King Institute of Preventive Medicine Bacteriolog. Section reports 1907-08
Year: 1907
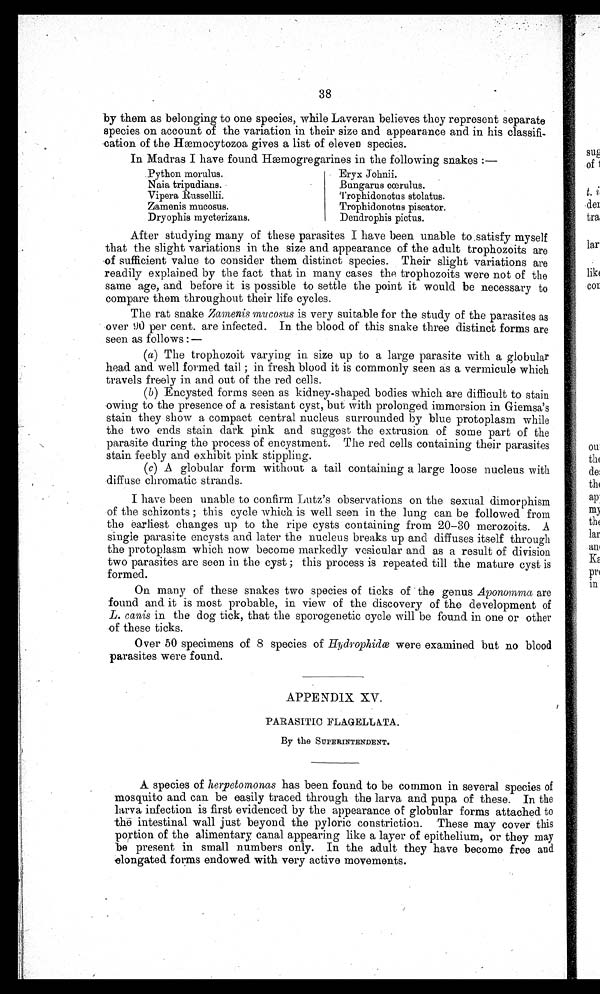
38
by them as belonging to one species, while Laveran believes they represent separate
species on account of the variation in their size and appearance and in his classifi-
.cation of the Hæmocytozoa gives a list of eleven species.
In Madras I have found Hæmogregarines in the following snakes : —
Python morulus.
Eryx Johnii.
Naia tripudians.
Bungarus cœrulus.
Vipera
Trophidonotus stolatus.
Zameni.s mucosus.
Trophidonotus piscator.
Dryophis mycterizans.
Dendrophis pictus.
After studying many of these parasites I have been unable to .satisfy myself
that the slight variations in the size and appearance of the adult trophozoits are
of sufficient value to consider them distinct species. Their slight variations are
readily explained by the fact that in. many cases the trophozoits were not of the
same age, and before it is possible to settle the point it would be necessary to
compare them throughout their life cycles.
The rat snake Zamenis mucosus is very suitable for the study of the parasites as
over 90 per cent. are infected. In the blood of this snake three distinct forms are
seen as follows :—
(a) The trophozoit varying in. size up to a large parasite with a globular
head and well formed tail ; in fresh blood it is commonly seen as a vermicule which
travels freely in and out of the red cells.
(b) Encysted forms seen as kidney-shaped bodies which are difficult to stain
owing to the presence of a resistant cyst, but with prolonged immersion in Giemsa's
stain they show a compact central nucleus surrounded by blue protoplasm while
the two ends stain dark pink and suggest the extrusion of some part of the
. parasite during the process of encystment. The red cells containing their parasites
stain feebly and exhibit pink stippling.
(c) A globular form without a tail containing a large loose nucleus with
diffuse chromatic strands.
I have been unable to confirm Lutz's observations on the sexual dimorphism
of the schizonts ; this cycle which is well seen in the lung can be followed from
the earliest changes up to the ripe cysts containing from 20-30 merozoits. A
single parasite encysts and later the nucleus breaks up and diffuses itself through
the protoplasm which now become markedly vesicular and as a result of division
two parasites are seen in the cyst ; this process is repeated till the mature cyst is
formed.
On many of these snakes two species of ticks of the genus Aponomma are
found and it is most probable, in view of the discovery of the development of
L. canis in the dog tick, that the sporogenetic cycle will be found in one or other
o f t h e s e t i c k s .
Over 50 specimens of 8 species of Hydrophidœ were examined but no blood
parasites were found.
APPENDIX XV.
PARASITIC FLAGELLATA.
By the SUPERINTENDENT.
A species of herpetomonas has been found to be common in several species of
mosquito and can be easily traced through the larva and pupa of these. In the
larva infection is first evidenced by the appearance of globular forms attached to
the intestinal wall just beyond the pyloric constriction. These may cover this
portion of the alimentary canal appearing like a layer of epithelium, or they may
be present in small numbers only. In the adult they have become free and
elongated forms endowed with very active movements.